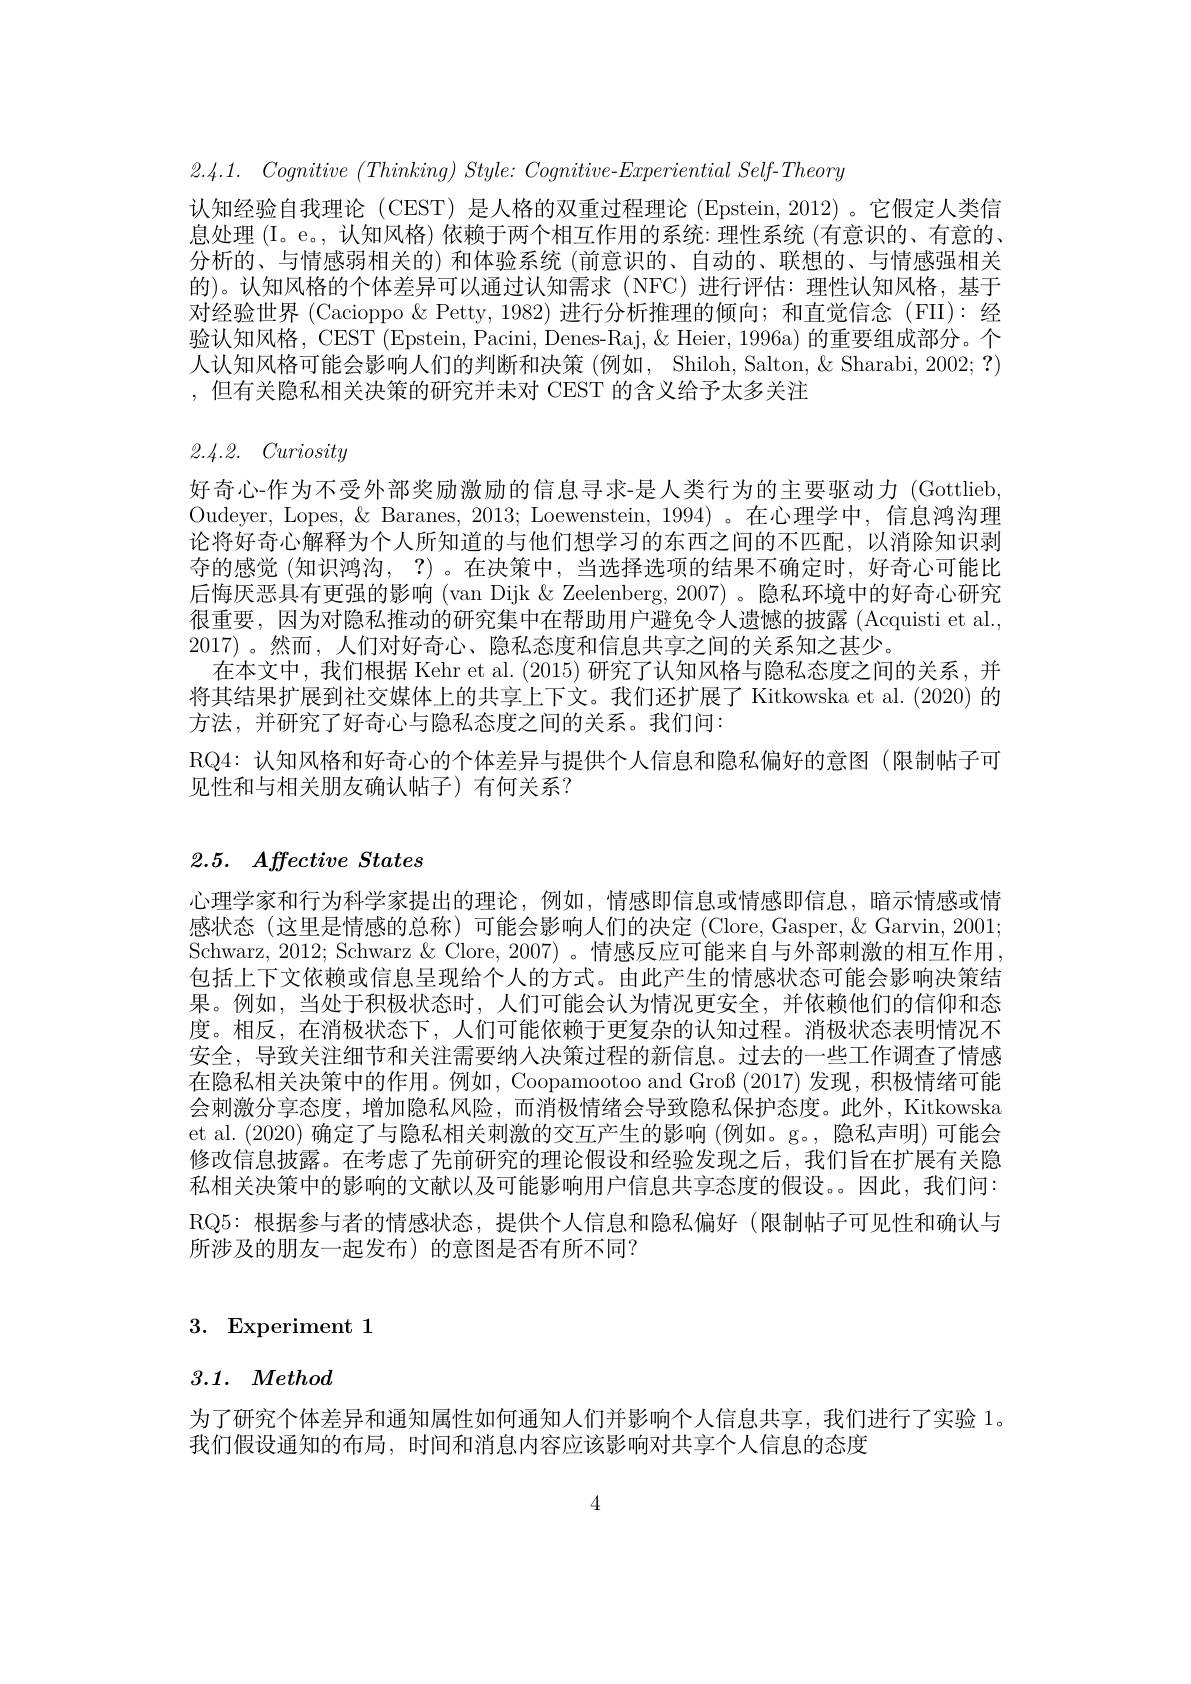
2.4.1. Cognitive $( Thinking)$ $Style:$ $Cognitive- Experiential$ $Self- Theory$
认知经验自我理论 (CEST) 是人格的双重过程理论 (Epstein, 2012)。它假定人类信息处理 (I。e。, 认知风格) 依赖于两个相互作用的系统：理性系统 (有意识的、有意的、 分析的、与情感弱相关的) 和体验系统 (前意识的、自动的、联想的、与情感强相关的)。认知风格的个体差异可以通过认知需求(NFC)进行评估：理性认知风格，基于对经验世界 (Cacioppo & Petty,1982)进行分析推理的倾向；和直觉信念 (FII):经验认知风格，CEST (Epstein, Pacini, Denes-Raj, & Heier, 1996a) 的重要组成部分。个人认知风格可能会影响人们的判断和决策 (例如，Shiloh, Salton, & Sharabi, 2002; ?) ,但有关隐私相关决策的研究并未对 CEST 的含义给予太多关注

2.4.2. Curiosity

好奇心作为不受外部奖励激励的信息寻求-是人类行为的主要驱动力(Gottlieb, Oudeyer, Lopes, & Baranes, 2013; Loewenstein, 1994) 。在心理学中，信息鸿沟理论将好奇心解释为个人所知道的与他们想学习的东西之间的不匹配，以消除知识剥夺的感觉 (知识鸿沟，?) 。在决策中，当选择选项的结果不确定时，好奇心可能比后悔厌恶具有更强的影响(van Dijk & Zeelenberg, 2007) 。隐私环境中的好奇心研究很重要，因为对隐私推动的研究集中在帮助用户避免令人遗憾的披露 (Acquisti et al., 2017) 。然而，人们对好奇心、隐私态度和信息共享之间的关系知之甚少。
在本文中，我们根据 Kehr et al. (2015) 研究了认知风格与隐私态度之间的关系，并将其结果扩展到社交媒体上的共享上下文。我们还扩展了 Kitkowska et al. (2020) 的方法，并研究了好奇心与隐私态度之间的关系。我们问：
RQ4: 认知风格和好奇心的个体差异与提供个人信息和隐私偏好的意图(限制帖子可
见性和与相关朋友确认帖子)有何关系？

# 2.5. $Affective\textit{ States}$

心理学家和行为科学家提出的理论，例如，情感即信息或情感即信息，暗示情感或情感状态(这里是情感的总称)可能会影响人们的决定 (Clore, Gasper, & Garvin, 2001; Schwarz, 2012; Schwarz & Clore, 2007) 。情感反应可能来自与外部刺激的相互作用包括上下文依赖或信息呈现给个人的方式。由此产生的情感状态可能会影响决策结果。例如，当处于积极状态时，人们可能会认为情况更安全，并依赖他们的信仰和态度。相反，在消极状态下，人们可能依赖于更复杂的认知过程。消极状态表明情况不安全，导致关注细节和关注需要纳人决策过程的新信息。过去的一些工作调查了情感在隐私相关决策中的作用。例如，Coopamootoo and Groß (2017) 发现，积极情绪可能会刺激分享态度，增加隐私风险，而消极情绪会导致隐私保护态度。此外，Kitkowska et al. (2020) 确定了与隐私相关刺激的交互产生的影响 (例如。g。, 隐私声明) 可能会修改信息披露。在考虑了先前研究的理论假设和经验发现之后，我们旨在扩展有关隐私相关决策中的影响的文献以及可能影响用户信息共享态度的假设。因此，我们问： RQ5:根据参与者的情感状态，提供个人信息和隐私偏好(限制帖子可见性和确认与所涉及的朋友一起发布)的意图是否有所不同？

3. Experiment 1

# 3.1. Method

为了研究个体差异和通知属性如何通知人们并影响个人信息共享，我们进行了实验 1。
我们假设通知的布局，时间和消息内容应该影响对共享个人信息的态度

4